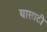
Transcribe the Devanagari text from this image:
यासाटी